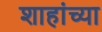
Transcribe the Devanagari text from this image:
शाहांच्या